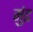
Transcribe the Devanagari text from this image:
मुंढ